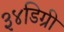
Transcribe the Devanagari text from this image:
३४डिग्री